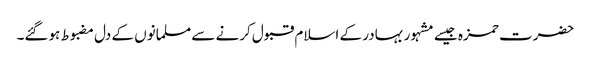
حضرت حمزہ جیسے مشہور بہادر کے اسلام قبول کرنے سے مسلمانوں کے دل مضبوط ہوگئے۔